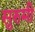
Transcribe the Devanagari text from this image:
सुरुमी